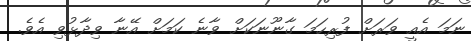
ނަމަ އެއީ ވަރަށް ފުރިހަމަ ގާނޫނަކަށް ވާނެ ކަމަށް އޭނާ ވިދާޅުވި އެވެ.